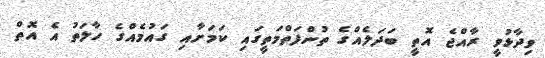
ވިދާޅުވީ ރާއްޖެ އޮތީ ބަދަލެއްގެ ތުންފަތްމަތީގައި ކަމަށާއި ގައުމެއްގެ ހާލަތު އެ އޮތް